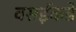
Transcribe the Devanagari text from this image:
वसईकडे